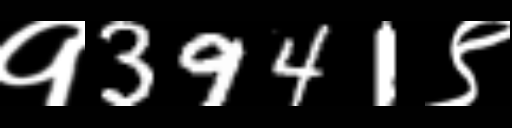
Text: १3941९